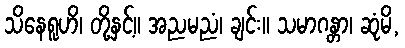
သိနေရူဟိ၊ တို့နှင့်။ အညမညံ၊ ချင်း။ သမာဂန္တာ၊ ဆုံမိ,